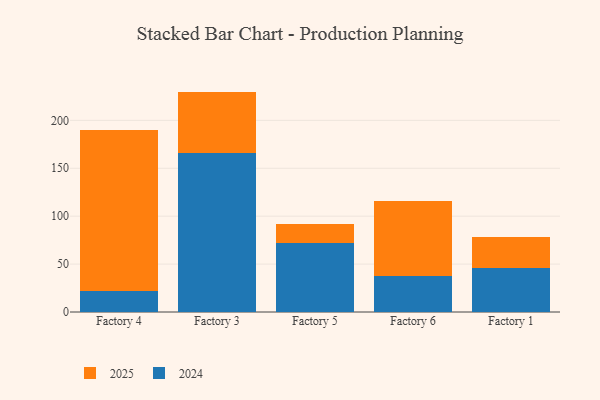
{"axis": {"x": "Factory", "y": "Churn Rate (%)"}, "legend": ["2024", "2025"], "data": [{"x": "Factory 4", "y": 167.8, "type": "2025"}, {"x": "Factory 4", "y": 21.9, "type": "2024"}, {"x": "Factory 3", "y": 63.9, "type": "2025"}, {"x": "Factory 3", "y": 166.1, "type": "2024"}, {"x": "Factory 5", "y": 20.6, "type": "2025"}, {"x": "Factory 5", "y": 71.5, "type": "2024"}, {"x": "Factory 6", "y": 78.2, "type": "2025"}, {"x": "Factory 6", "y": 37.6, "type": "2024"}, {"x": "Factory 1", "y": 32.3, "type": "2025"}, {"x": "Factory 1", "y": 45.6, "type": "2024"}]}